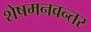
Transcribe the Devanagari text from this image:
शेषमनवन्तर